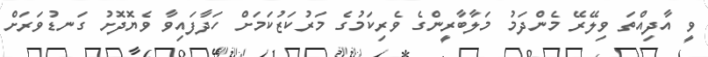
ވީ އާދިއްތަ ވިލޭރޭ މެންދަމު މަލާބާރީންގެ ވެރިކަމުގެ މަރުކަޒުކަމަށް ހަދާފައިވާ ވެޔޮދޮށު ގަނޑުވަރަށް